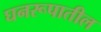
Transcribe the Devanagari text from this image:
घनरूपातील